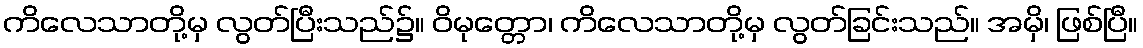
ကိလေသာတို့မှ လွတ်ပြီးသည်၌။ ဝိမုတ္တော၊ ကိလေသာတို့မှ လွတ်ခြင်းသည်။ အမှိ၊ ဖြစ်ပြီ။